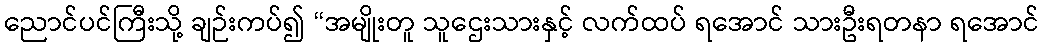
ညောင်ပင်ကြီးသို့ ချဉ်းကပ်၍ “အမျိုးတူ သူဌေးသားနှင့် လက်ထပ် ရအောင် သားဦးရတနာ ရအောင်